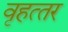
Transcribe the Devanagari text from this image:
वृहत्‍तर